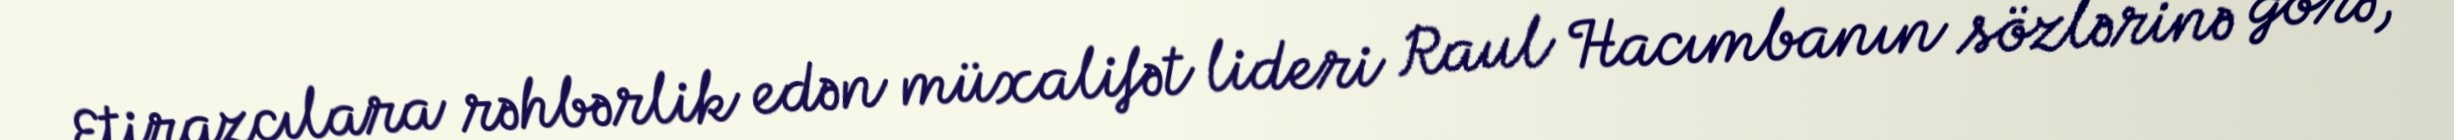
Etirazçılara rəhbərlik edən müxalifət lideri Raul Hacımbanın sözlərinə görə,